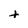
Character: t